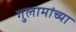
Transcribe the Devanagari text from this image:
गुलामांच्या